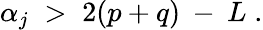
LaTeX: \alpha_{j}\; >\; 2(p+q)\: -\: L\; .